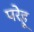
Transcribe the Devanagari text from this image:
परेहू